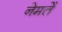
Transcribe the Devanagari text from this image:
नेमतें